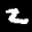
Label: 2